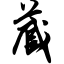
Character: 藏